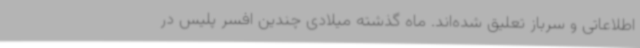
اطلاعاتی و سرباز تعلیق شده‌اند. ماه گذشته میلادی چندین افسر پلیس در